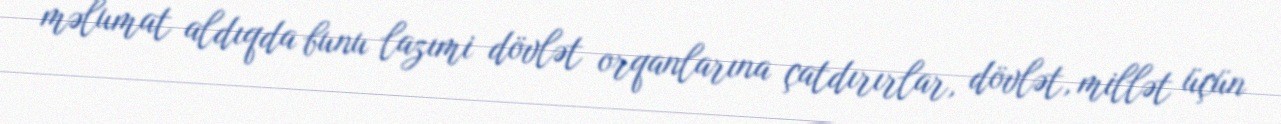
məlumat aldıqda bunu lazımi dövlət orqanlarına çatdırırlar, dövlət, millət üçün